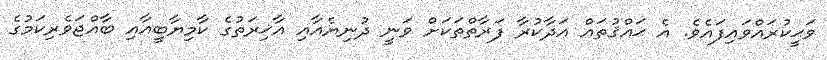
ވަޙީކުރައްވައިފައެވެ. އެ ޙައްޤުތައް އަދާކުރާ ފަރާތްތަކަށް ވަނީ ދުނިޔެއާއި އާޚިރަތުގެ ކާމިޔާބީއާއި ބާއްޖަވެރިކަމުގެ